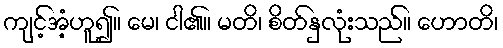
ကျင့်အံ့ဟူ၍။ မေ၊ ငါ၏။ မတိ၊ စိတ်နှလုံးသည်။ ဟောတိ၊